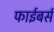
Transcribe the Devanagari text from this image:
फाईबर्स